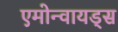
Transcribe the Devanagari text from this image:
एमोन्वायड्स